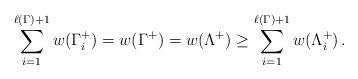
LaTeX: \begin{align*}\sum_{i=1}^{\ell(\Gamma)+1}w(\Gamma_i^+)= w(\Gamma^+) = w(\Lambda^+) \geq \sum_{i=1}^{\ell(\Gamma)+1}w(\Lambda_i^+) \, . \end{align*}